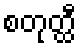
စတုတ္ထီ